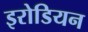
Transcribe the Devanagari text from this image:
इरोडियन